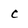
Character: C